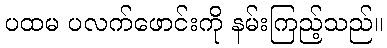
ပထမ ပလက်ဖောင်းကို နမ်းကြည့်သည်။